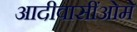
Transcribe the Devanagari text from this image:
आदीवासींओमे